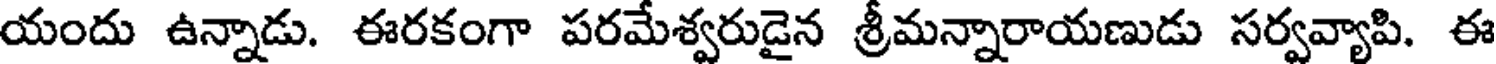
యందు ఉన్నాడు. ఈరకంగా పరమేశ్వరుడైన శ్రీమన్నారాయణుడు సర్వవ్యాపి. ఈ